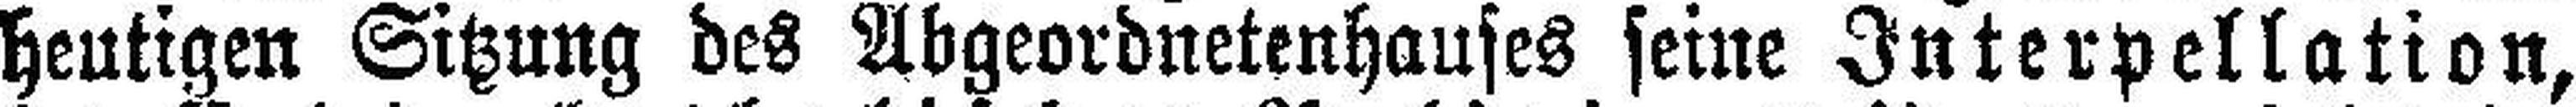
heutigen Sitzung des Abgeordnetenhauses seine Interpellation,